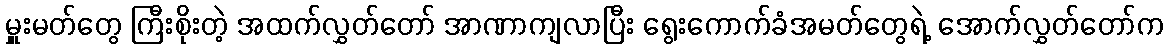
မှူးမတ်တွေ ကြီးစိုးတဲ့ အထက်လွှတ်တော် အာဏာကျလာပြီး ရွေးကောက်ခံအမတ်တွေရဲ့ အောက်လွှတ်တော်က